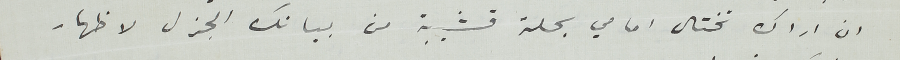
ان اراك تختال امامي بحلة قشيبة من بيانك الجزل لاظهار